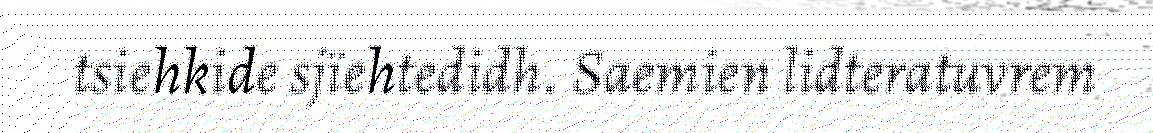
tsiehkide sjïehtedidh. Saemien lidteratuvrem